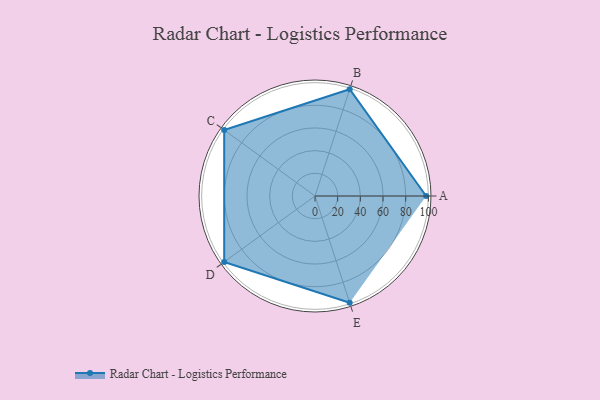
{"axis": {"x": "Skill", "y": "Score"}, "legend": ["Profile"], "data": [{"x": "A", "y": 98.0, "type": "Profile"}, {"x": "B", "y": 99, "type": "Profile"}, {"x": "C", "y": 99, "type": "Profile"}, {"x": "D", "y": 99, "type": "Profile"}, {"x": "E", "y": 99, "type": "Profile"}]}